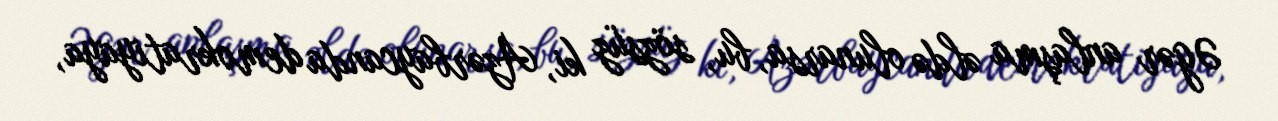
Əgər anlaşma əldə olunarsa, bu, sözsüz ki, Azərbaycanda demokratiyaya,